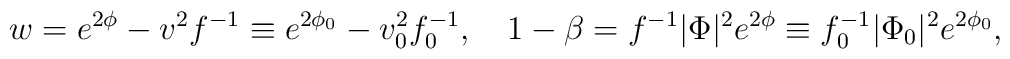
w =e^{2\phi}-v^2 f^{-1}\equiv e^{2\phi_0}-v_0^2 f_0^{-1}, \quad1-\beta =f^{-1}|\Phi|^2e^{2\phi}\equiv f_0^{-1}|\Phi_0|^2e^{2\phi_0},